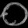
Digit: ၀